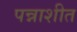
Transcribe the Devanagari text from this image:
पन्नाशीत